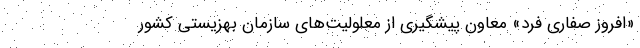
«افروز صفاری فرد» معاون پیشگیری از معلولیت‌های سازمان بهزیستی کشور